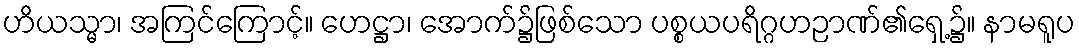
ဟိယသ္မာ၊ အကြင်ကြောင့်။ ဟေဋ္ဌာ၊ အောက်၌ဖြစ်သော ပစ္စယပရိဂ္ဂဟဉာဏ်၏ရှေ့၌။ နာမရူပ